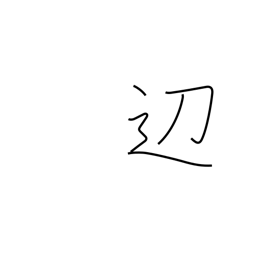
Meaning: border